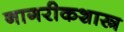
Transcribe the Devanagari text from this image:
नागरीकशास्त्र